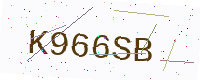
Text: K966SB